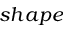
s h a p e